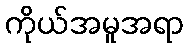
ကိုယ်အမူအရာ